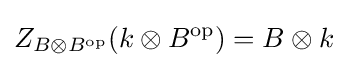
Z_{B\otimes B^{\text{op}}}(k\otimes B^{\text{op}})=B\otimes k